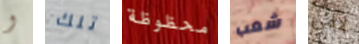
و تلك محظوظة شعب لأمى